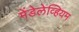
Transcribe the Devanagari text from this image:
मेंडेलेव्हियम